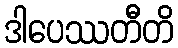
ဒါပေဿတီတိ